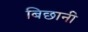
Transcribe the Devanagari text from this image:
बिछानी